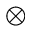
\otimes